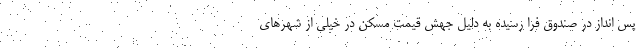
پس انداز در صندوق فرا رسیده به دلیل جهش قیمت مسکن در خیلی از شهرهای